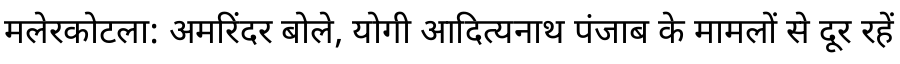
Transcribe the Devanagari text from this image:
मलेरकोटला: अमरिंदर बोले, योगी आदित्यनाथ पंजाब के मामलों से दूर रहें